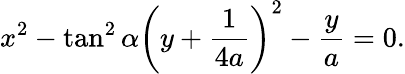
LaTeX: x^{2}-\tan^{2}\alpha\left(y+{\frac{1}{4a}}\right)^{2}-{\frac{y}{a}}=0.